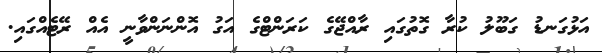
އަޅުގަނޑު ގަބޫލު ކުރާ ގޮތުގައި ރާއްޖޭގެ ކަރަންޓްގެ އަގު އޮންނަންވާނީ އެއް ރޭޓެއްގައި.